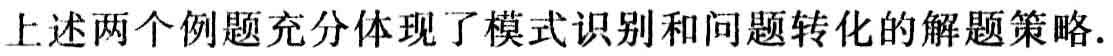
上述两个例题充分体现了模式识别和问题转化的解题策略.